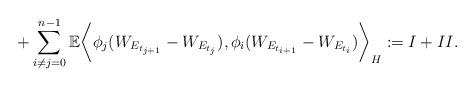
LaTeX: \begin{align*}+ \sum_{i\neq j=0}^{n-1} \mathbb{E}\bigg\langle \phi_j(W_{E_{t_{j+1}}}-W_{E_{t_j}}), \phi_i(W_{E_{t_{i+1}}}-W_{E_{t_i}})\bigg\rangle_H := I + II.\end{align*}